Civil Veterinary Dept. North-West Frontier Province 1923-32 - 1923-1932
Year: 1923
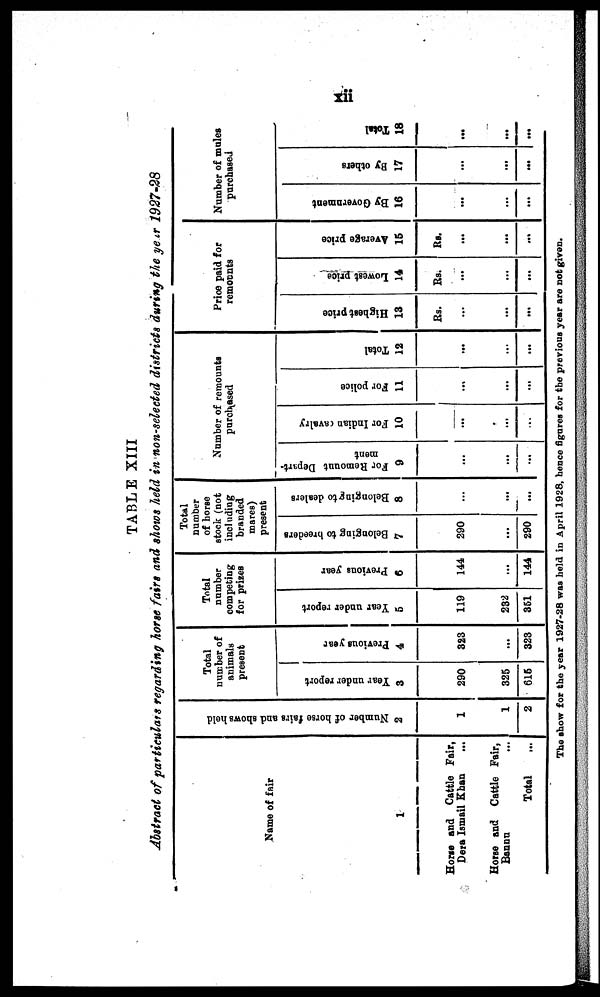
xii
TABLE XIII
Abstract of particulars regarding horse fairs and shows held in non-selected districts during the year 1927-28
Name of fair
1
Horse and Cattle Fair,
Dera Ismail Khan ...
Horse and Cattle Fair,
Bannu ...
Total ...
Nu mb e r of hor s e fai rs and s h o ws hel d
2
1
1
2
Total
number of
animals
present
Year under report
3
290
325
615
Previous year
4
323
...
323
Total
number
competing
for prizes
Year under report
5
119
232
351
Previous year
6
144
...
144
Total
number
of horse
stock (not
including
branded
mares)
present
Belonging to breeders
7
290
...
290
Belonging to dealers
8
...
...
...
Number of remounts
purchased
For Remount Depart-
ment
9
...
...
...
For Indian cavalry
10
...
...
...
For police
11
...
...
...
Total
12
...
...
...
Price paid for
remounts
Highest price
13
Rs.
...
...
...
Lowest price
14
Rs.
...
...
...
Average price
15
Rs.
...
...
...
Number of mules
purchased
By Government
16
...
...
...
By others
17
...
...
...
Total
18
...
...
...
The show for the year 1927-28 was held in April 1928, hence figures for the previous year are not given.